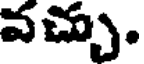
వచ్చు.